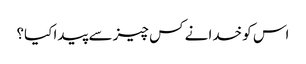
اس کو خدا نے کس چیز سے پیدا کیا؟